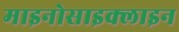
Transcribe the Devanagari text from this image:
माइनोसाइक्लाइन